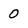
Character: 0